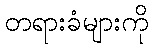
တရားခံများကို